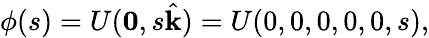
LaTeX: \phi(s)=U(\mathbf{0},s\hat{\textbf{k}})=U(0,0,0,0,0,s),